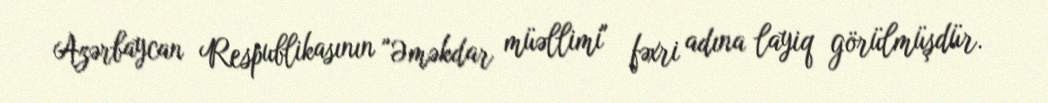
Azərbaycan Respublikasının "Əməkdar müəllimi" fəxri adına layiq görülmüşdür.